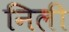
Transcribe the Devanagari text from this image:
निली